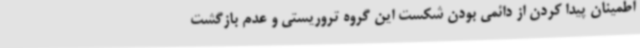
اطمینان پیدا کردن از دائمی بودن شکست این گروه تروریستی و عدم بازگشت